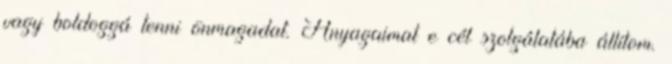
vagy boldoggá tenni önmagadat. Anyagaimat e cél szolgálatába állítom.